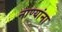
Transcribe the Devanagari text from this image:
नाण्यांना